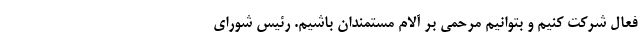
فعال شرکت کنیم و بتوانیم مرحمی بر آلام مستمندان باشیم. رئیس شورای